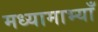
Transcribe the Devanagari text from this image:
मध्यामाभ्याँ